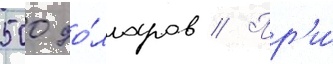
500 до́лларов // Пр'и́